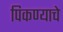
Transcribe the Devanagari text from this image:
पिकण्याचे